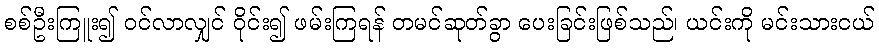
စစ်ဦးကြူး၍ ဝင်လာလျှင် ဝိုင်း၍ ဖမ်းကြရန် တမင်ဆုတ်ခွာ ပေးခြင်းဖြစ်သည်၊ ယင်းကို မင်းသားငယ်